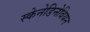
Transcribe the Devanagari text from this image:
स्केनेडिनेवियन